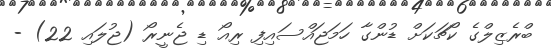
ބްރެޒިލްގެ ކޯޗަކަށް ޑުންގާ ހަމަޖައްސައިފި ރިއޯ ޑި ޖެނީރޯ (ޖުލައި 22) -